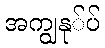
အကျွနု်ပ်